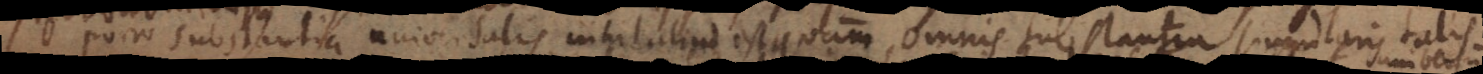
Porro substantia universalis nihil aliud est quam omnis substantia singularis talis.